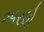
અરધો